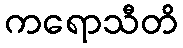
ကရောသီတိ